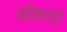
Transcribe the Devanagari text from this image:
आविषालुता